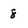
Character: 8